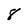
Character: 8